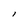
Character: i